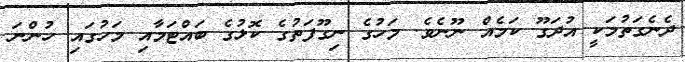
ދެނެގަތުމަކީ އުދަގޫ ކަމެއް ނޫނެވެ. މަހުގެ ނިގޫފަތުގެ ކޮޅުގެ ބައްޓަމާއި މަހުގައި ހުންނަ